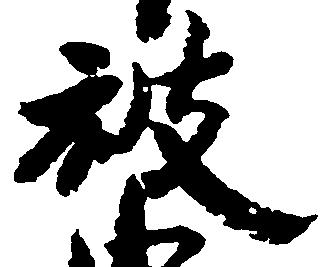
被